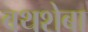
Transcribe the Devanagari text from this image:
बथशेबा